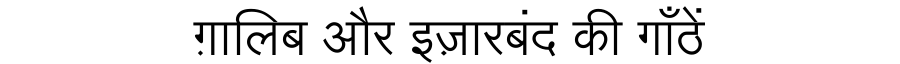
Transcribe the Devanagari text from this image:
ग़ालिब और इज़ारबंद की गाँठें